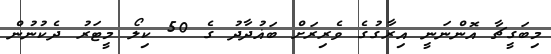
މިބަގީޗާ އޮންނަނީ އިރާގުގެ ވެރިރަށް ބަޣުދާދު ގެ 50 ކިލޯ މީޓަރު ދެކުނުން